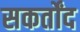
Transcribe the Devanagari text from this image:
सकर्तोंद